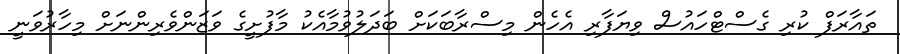
ތައާރަފް ކުރި ގެސްޓްހައުސް ވިޔަފާރި އެހެން މިސްރާބަކަށް ބަދަލުވުމާއެކު މާފުށީގެ ވަޒަންވެރިންނަށް މިހާރުވަނީ